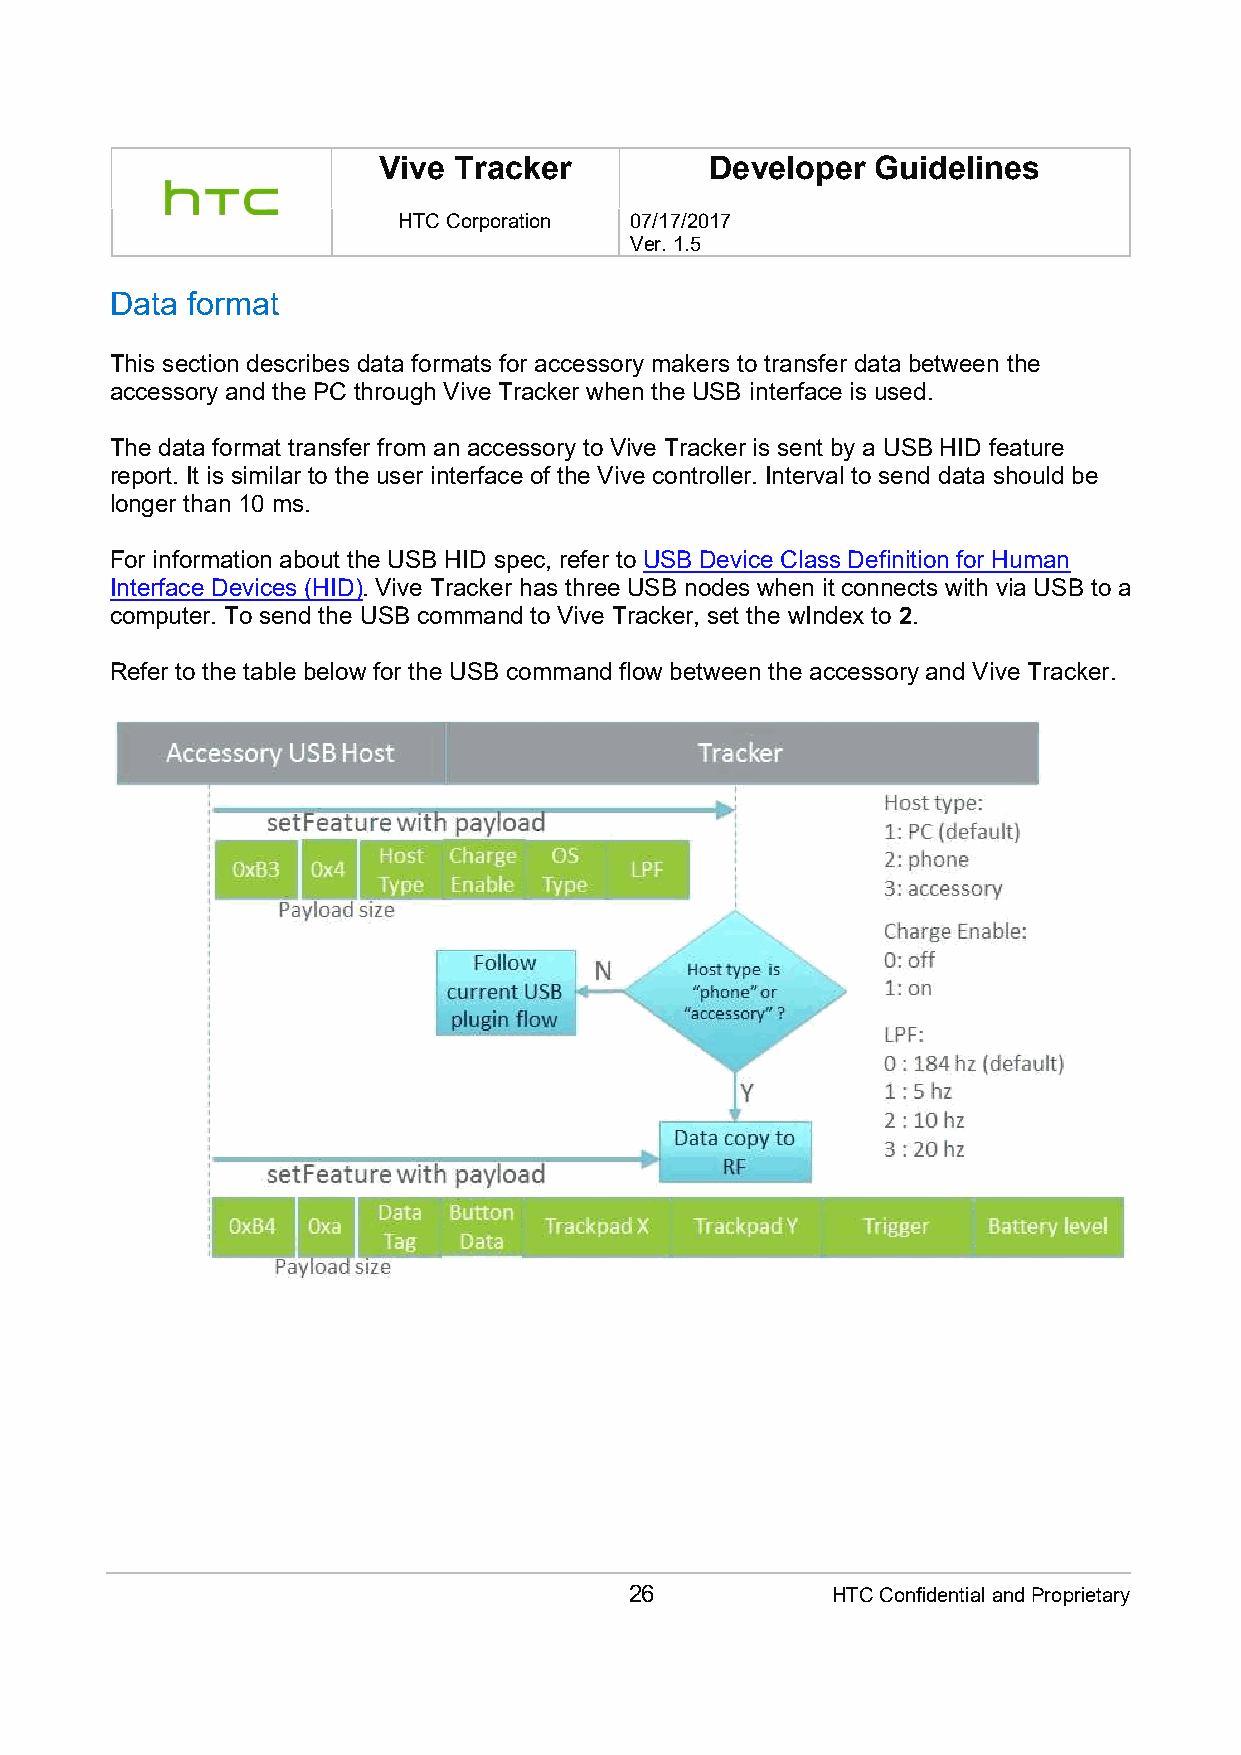
Vive Tracker          Developer  Guidelines
 HTC Corporation 07/17/2017
 Ver. 1.5
 Data format
 This section describes data formats for accessory makers to transfer data between the
 accessory and the PC through Vive Tracker when the USB interface is used.
 The data format transfer from an accessory to Vive Tracker is sent by a USB HID feature
 report. It is similar to the user interface of the Vive controller. Interval to send data should be
 longer than 10 ms.
 For information about the USB HID spec, refer to USB Device Class Definition for Human
 Interface Devices (HID). Vive Tracker has three USB nodes when it connects with via USB to a
 computer. To send the USB command to Vive Tracker, set the wIndex to 2.
 Refer to the table below for the USB command flow between the accessory and Vive Tracker.
 26           HTC Confidential and Proprietary